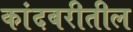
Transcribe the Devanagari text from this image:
कांदबरीतील